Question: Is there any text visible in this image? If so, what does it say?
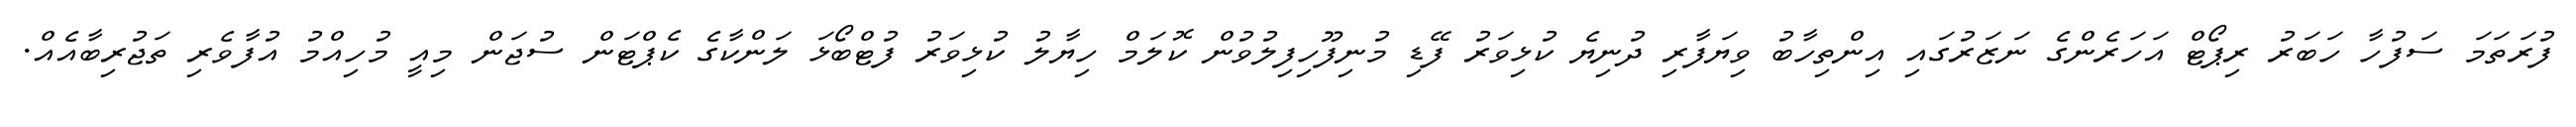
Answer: ފުރަތަމަ ސަފުހާ ހަބަރު ރިޕޯޓް އަހަރެންގެ ނަޒަރުގައި އިންތިހާބު ވިޔަފާރި ދުނިޔެ ކުޅިވަރު ފޭޑި މުނިފޫހިފިލުވުން ކޮލަމް ހިޔާލު ކުޅިވަރު ފުޓްބޯޅަ ލަންކާގެ ކެޕްޓަން ސުޖަން މިއީ މުހިއްމު އުފާވެރި ތަޖުރިބާއެއް.